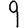
Digit: 9